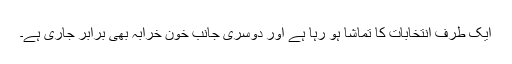
ایک طرف انتخابات کا تماشا ہو رہا ہے اور دوسری جانب خون خرابہ بھی برابر جاری ہے۔